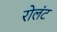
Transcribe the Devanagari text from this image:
रोलंट